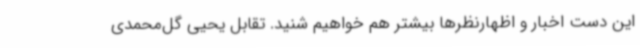
این دست اخبار و اظهارنظرها بیشتر هم خواهیم شنید. تقابل یحیی گل‌محمدی